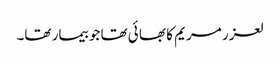
لعز ر مریم کا بھا ئی تھا جو بیمار تھا۔